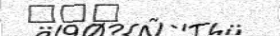
١٨٦